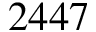
2 4 4 7